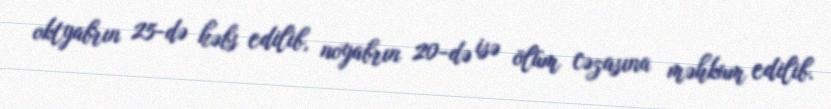
oktyabrın 25-də həbs edilib, noyabrın 20-də isə ölüm cəzasına məhkum edilib.